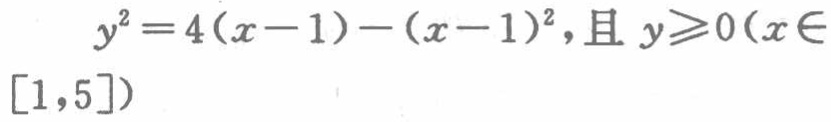
\(y^{2}=4(x - 1)-(x - 1)^{2}，且y\geqslant0(x\in[1,5])\)